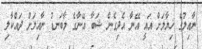
ނާއިލުގެ ޚިޔާލަށް އައީ އޭނާ އެދިގެން ޝަބާ އޭނާގެ މާބަނޑު ނާއިލަށް ދައްކާލި